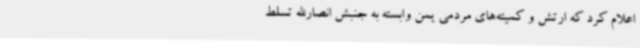
اعلام کرد که ارتش و کمیته‌های مردمی یمن وابسته به جنبش انصارالله تسلط